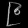
Digit: ၉